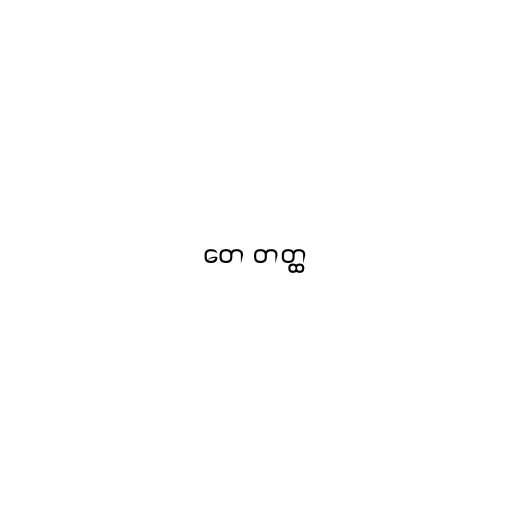
တေ တတ္ထ